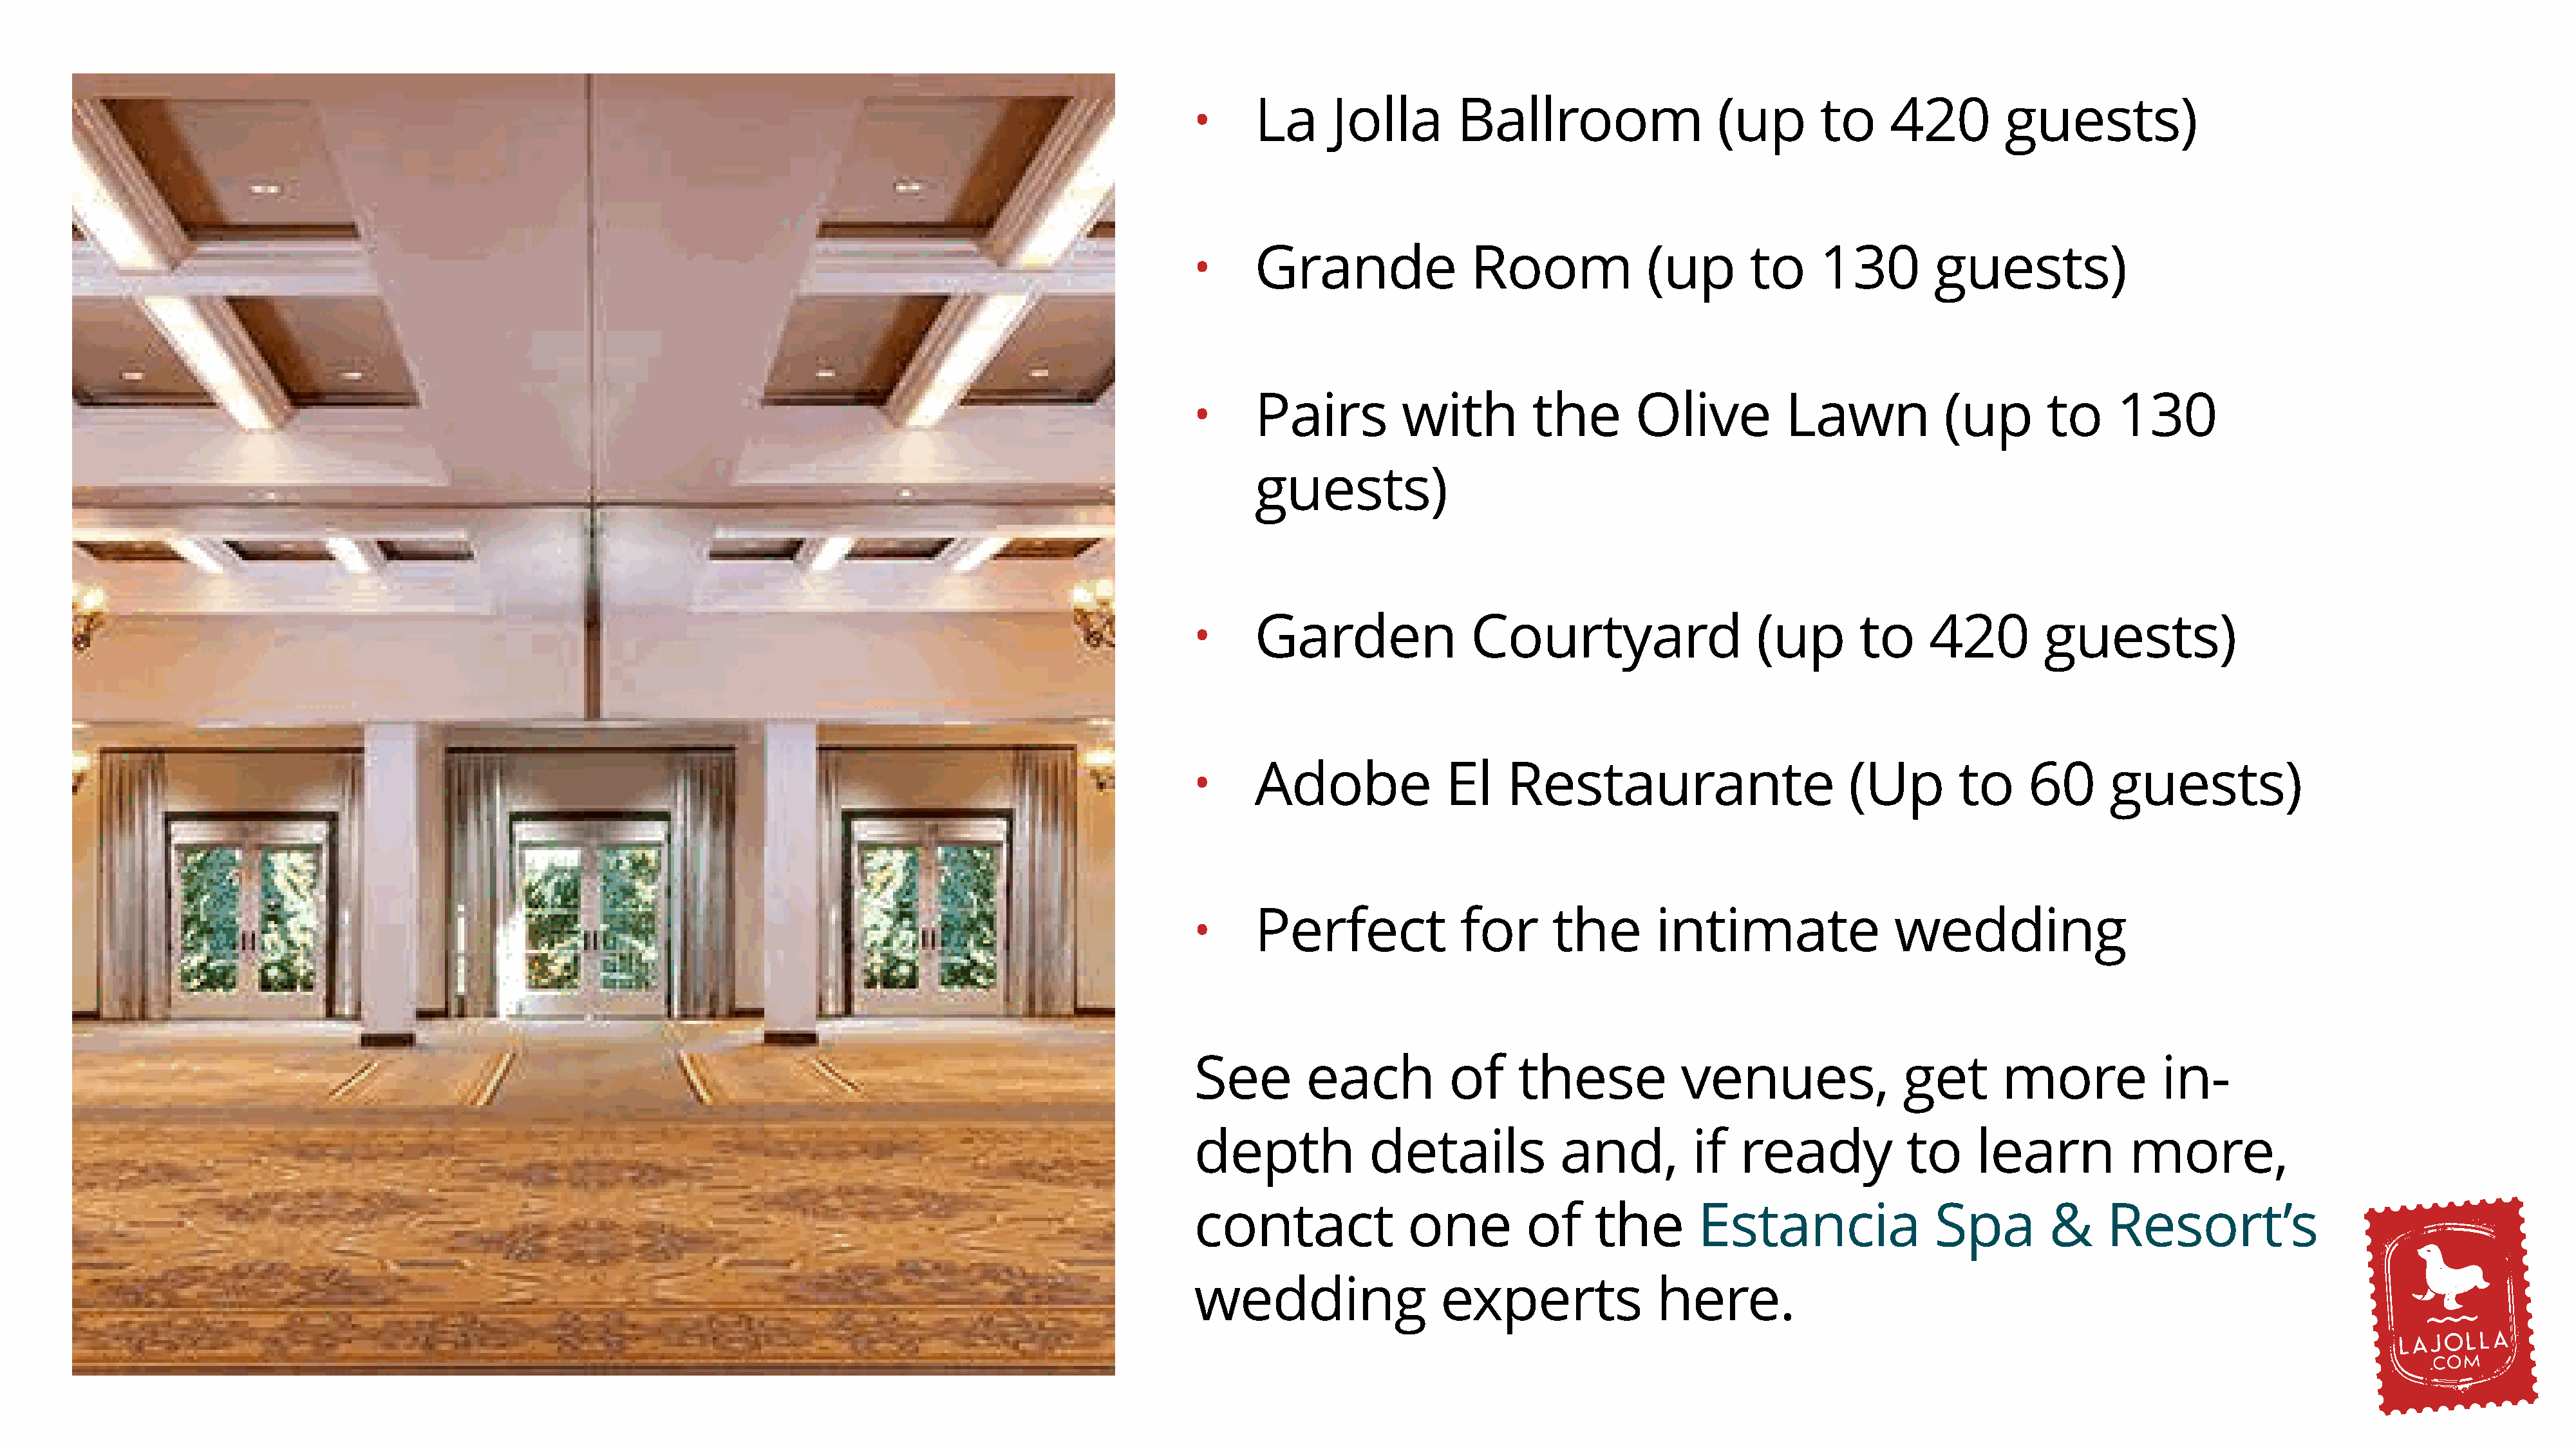
La      Jolla        Ballroom                   (up       to     420         guests)
 •
 Grande                Room              (up        to     130         guests)
 •
 Pairs          with         the        Olive           Lawn            (up       to      130
 •
 guests)
 Garden                Courtyard                     (up       to     420         guests)
 •
 Adobe               El    Restaurante                        (Up        to     60       guests)
 •
 Perfect              for       the       intimate                 wedding
 •
 See        each           of     these            venues,                get       more            in-
 depth             details            and,          if   ready            to     learn           more,
 contact               one         of     the        Estancia                Spa         &     Resort’s
 wedding                  experts               here.